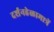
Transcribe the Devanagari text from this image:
दर्शनहेळामात्रें